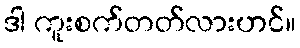
ဒါ ကူးစက်တတ်လားဟင်။